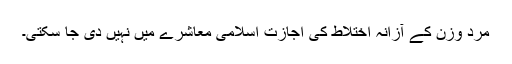
مرد وزن کے آزانہ اختلاط کی اجازت اسلامی معاشرے میں نہیں دی جا سکتی۔